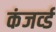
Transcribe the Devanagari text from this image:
कंजर्व्ड